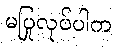
မပြုလုပ်ပါက